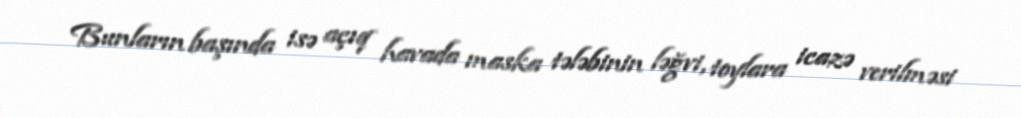
Bunların başında isə açıq havada maska tələbinin ləğvi, toylara icazə verilməsi